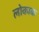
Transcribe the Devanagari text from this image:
लोकाक